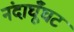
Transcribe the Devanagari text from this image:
नंदाघूँघट